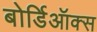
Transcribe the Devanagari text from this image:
बोर्डिऑक्स